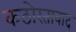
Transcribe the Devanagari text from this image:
कठोरतावाद